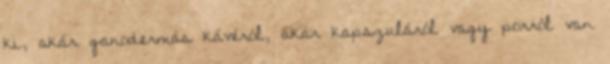
ki, akár ganodermás kávéról, akár kapszuláról vagy porról van